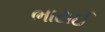
ભાટાઈ